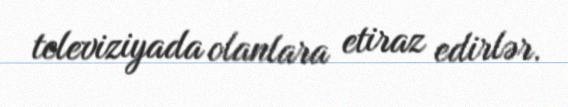
televiziyada olanlara etiraz edirlər.